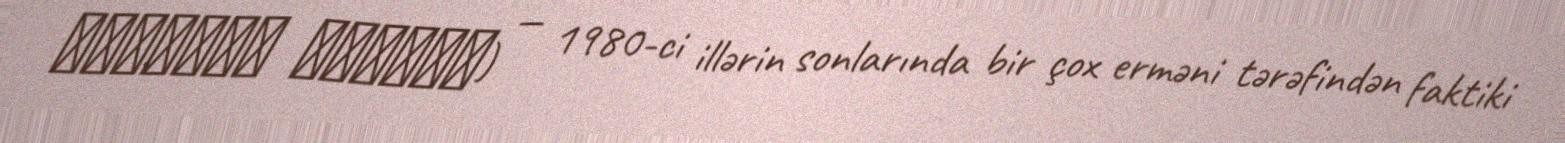
Ղարաբաղ կոմիտե) — 1980-ci illərin sonlarında bir çox erməni tərəfindən faktiki